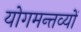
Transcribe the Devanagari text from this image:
योगमन्तव्यों